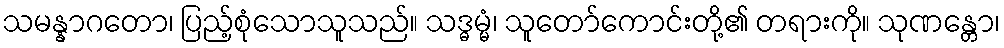
သမန္နာဂတော၊ ပြည့်စုံသောသူသည်။ သဒ္ဓမ္မံ၊ သူတော်ကောင်းတို့၏ တရားကို။ သုဏန္တော၊